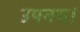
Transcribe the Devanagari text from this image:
उपनय।